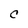
Character: C